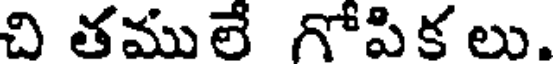
చి తములే గోపిక లు.